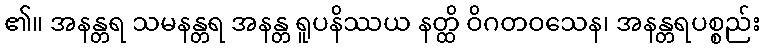
၏။ အနန္တရ သမနန္တရ အနန္တ ရူပနိဿယ နတ္ထိ ဝိဂတဝသေန၊ အနန္တရပစ္စည်း